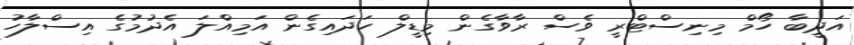
އަދީބާ ހޯމް މިނިސްޓްރީ ވެސް ރާވާގެން މިޑީލް ހަދައިގެން އަމިއްލަ އެދުމުގެ އިސްލާހު